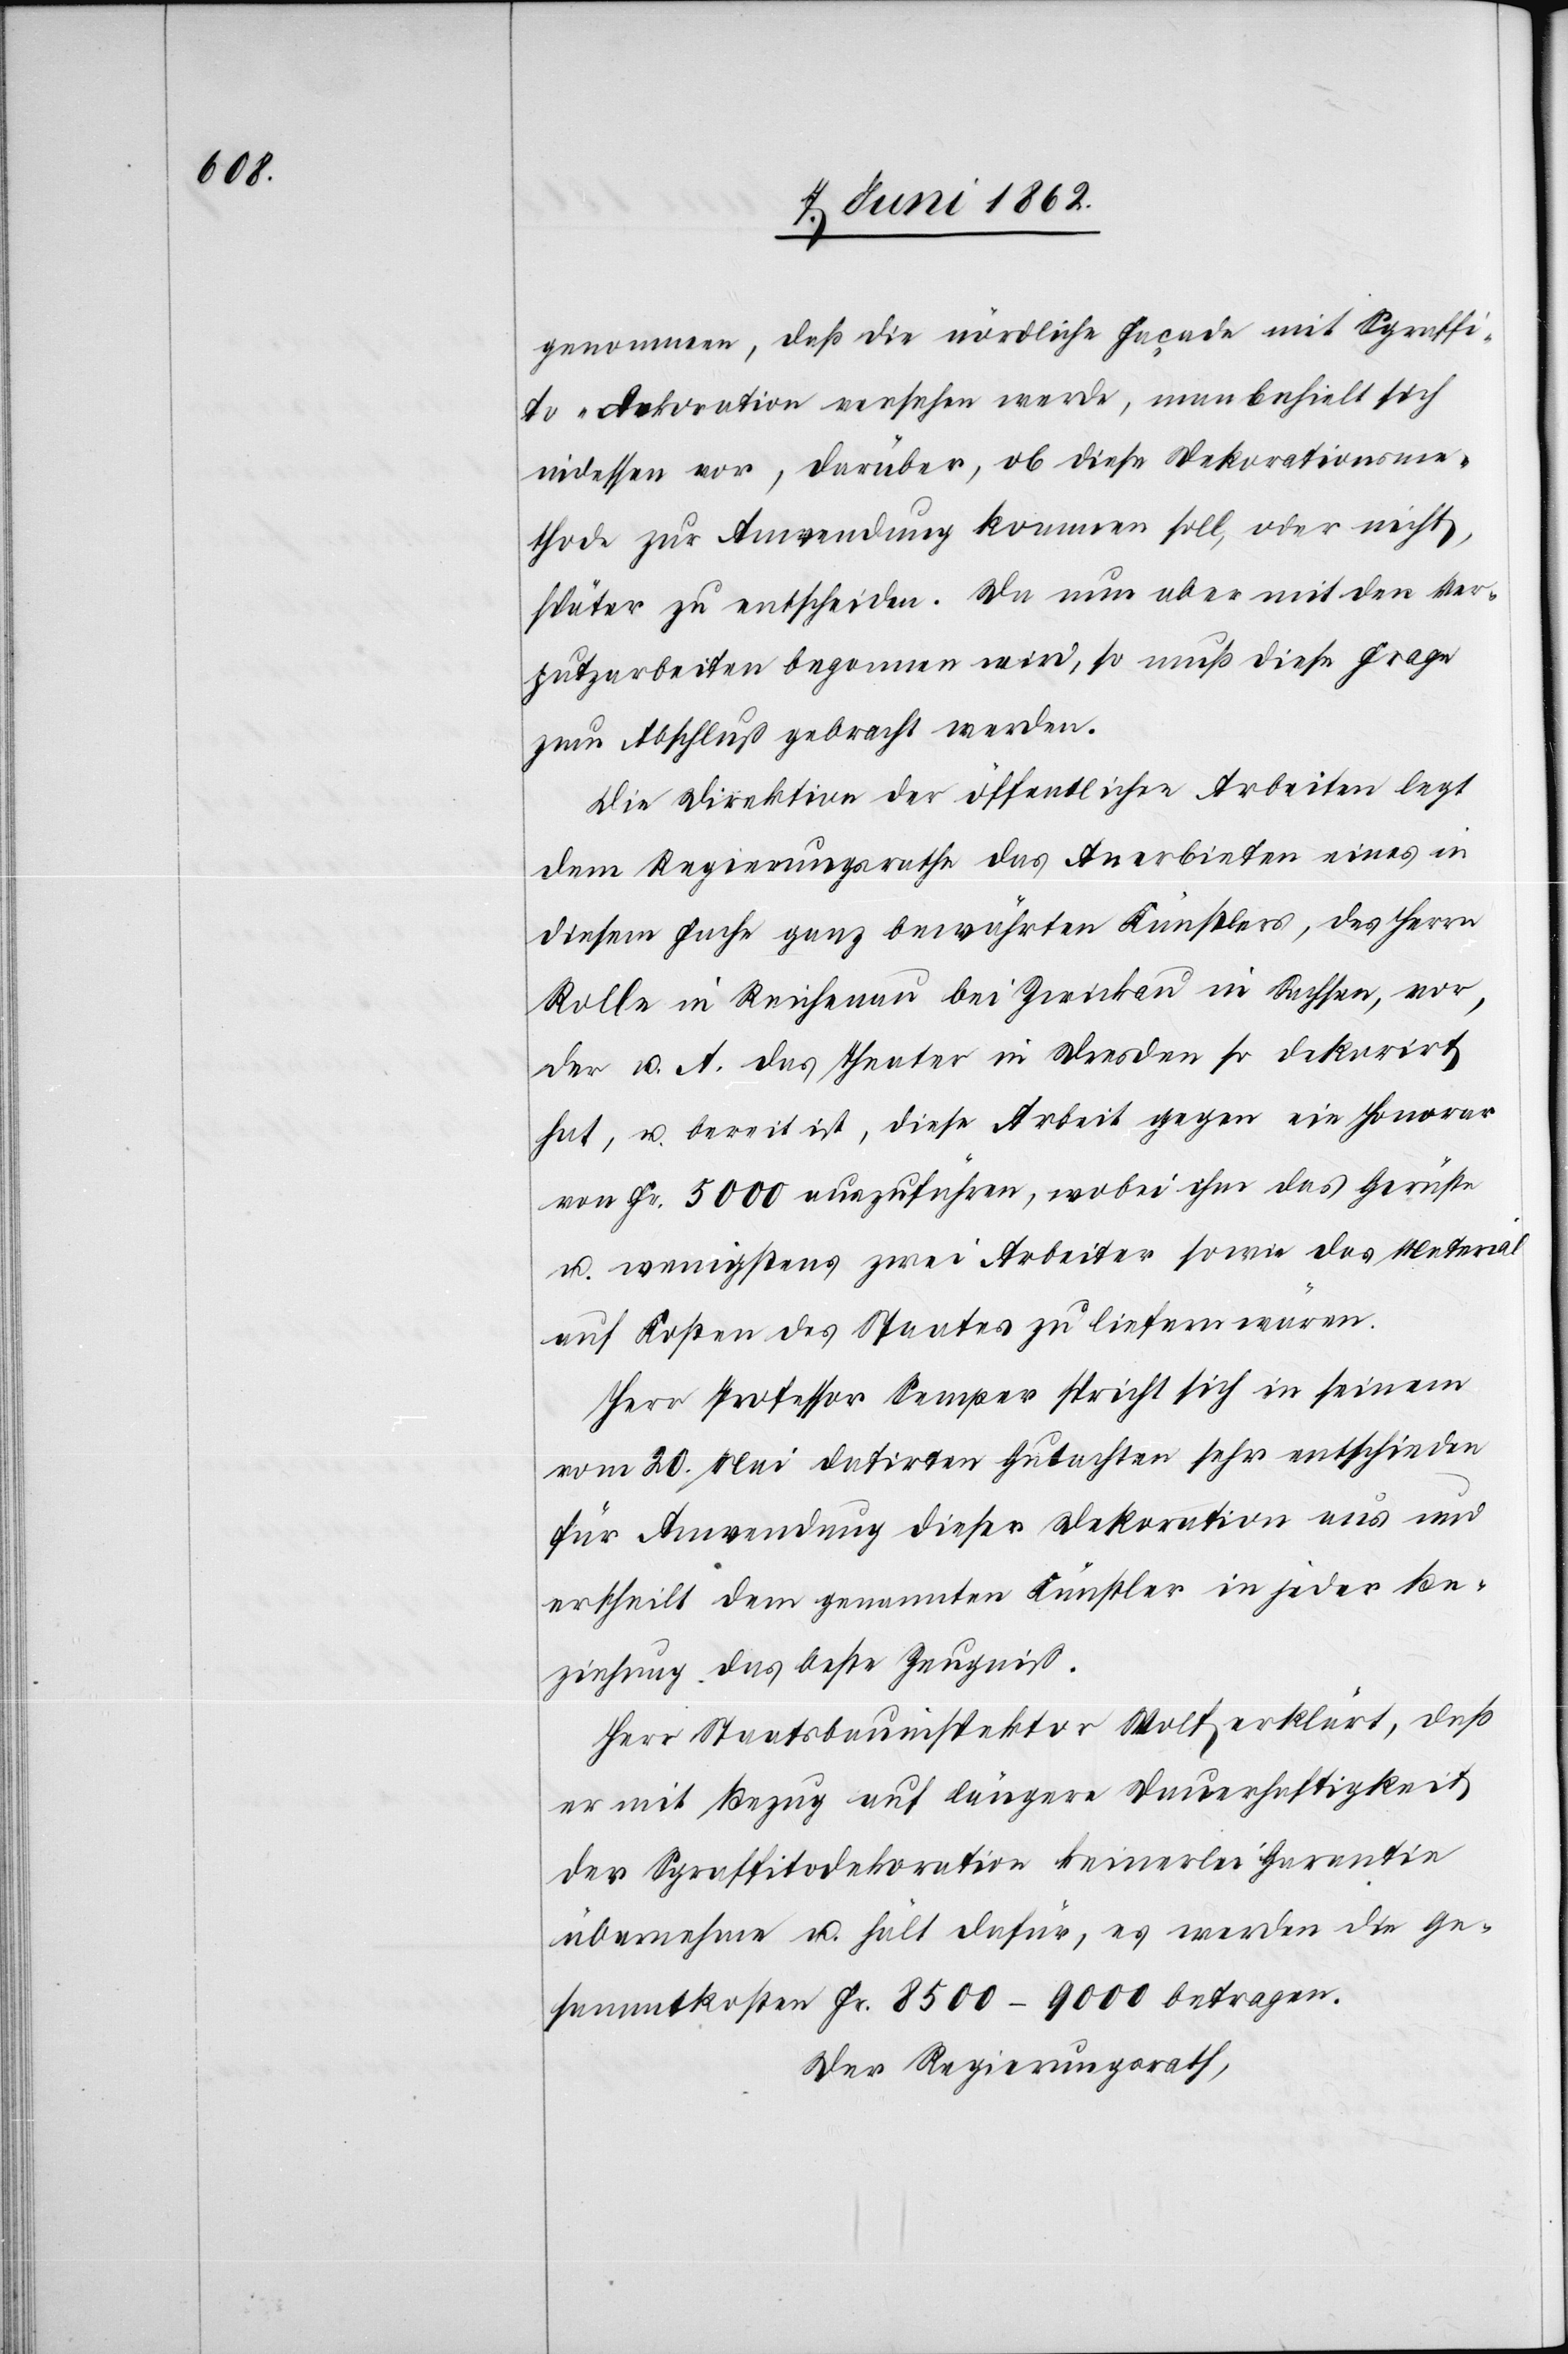
genommen, daß die nördliche Façade mit Sgraffi¬
to-Dekoration versehen werde, man behielt sich
indessen vor, darüber, ob diese Dekorationsme¬
thode zur Anwendung kommen soll, oder nicht,
später zu entscheiden. Da nun aber mit den Ver¬
putzarbeiten begonnen wird, so muß diese Frage
zum Abschluß gebracht werden.
Die Direktion der öffentlichen Arbeiten legt
dem Regierungsrathe das Anerbieten eines in
diesem Fache ganz bewährten Künstlers, des Herrn
Rolle in Reichenau bei Zwickau in Sachsen, vor,
der u. A. das Theater in Dresden so dekorirt
hat, u. bereit ist, diese Arbeit gegen ein Honorar
von Fr. 5000 auszuführen, wobei ihm das Gerüste
u. wenigstens zwei Arbeiter sowie das Material
auf Kosten des Staates zu liefern wären.
Herr Professor Semper spricht sich in seinem
vom 20. Mai datirten Gutachten sehr entschieden
für Anwendung dieser Dekoration aus und
ertheilt dem genannten Künstler in jeder Be¬
ziehung das beste Zeugniß.
Herr Staatsbauinspektor Wolf erklärt, daß
er mit Bezug auf längere Dauerhaftigkeit
der Sgraffitodekoration keinerlei Garantie
übernehme u. hält dafür, es werden die Ge¬
sammtkosten Fr. 8500–9000 betragen.
Der Regierungsrath,